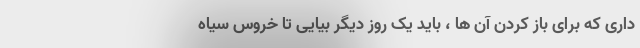
داری که برای باز کردن آن ها ، باید یک روز دیگر بیایی تا خروس سیاه